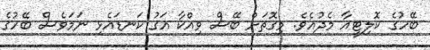
ބޭހުގެ ކޮލިޓީއާ މެދުއެވެ. މިގޮތަށް ބޭސް ވިއްކާ އަގު ކަނޑައެޅި ނަމަވެސް ބޭހުގެ